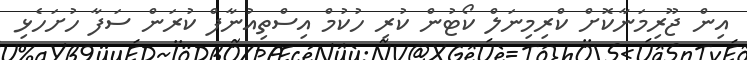
އިން ޖޫރިމަނާކޮށް ކްރިމިނަލް ކޯޓުން ކުރި ހުކުމް އިސްތިއުނާފް ކުރަން ސަފާ ހުށަހެޅި